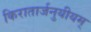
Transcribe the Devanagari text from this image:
किरातार्जनुयीयम्‌